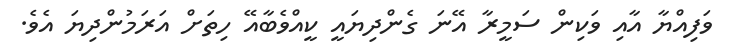
ވަފިއްޔާ އާއި ވަކިން ސަމީރާ އޭނަ ގެންދިޔައީ ކީއްވެބާއޭ ހިތަށް އަރަމުންދިޔަ އެވެ.